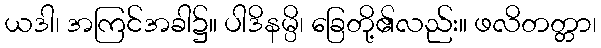
ယဒါ၊ အကြင်အခါ၌။ ပါဒိနမ္ပိ၊ ခြေတို့၏လည်း။ ဖလိတတ္တာ၊